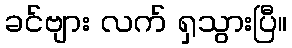
ခင်ဗျား လက် ရှသွားပြီ။